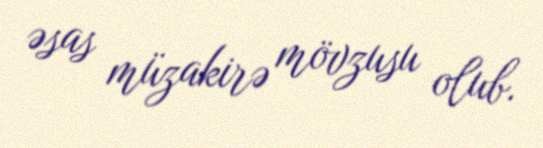
əsas müzakirə mövzusu olub.